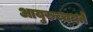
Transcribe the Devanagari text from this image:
आयुरुच्चयते